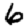
Digit: 6